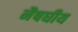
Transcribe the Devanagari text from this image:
नैषघीय